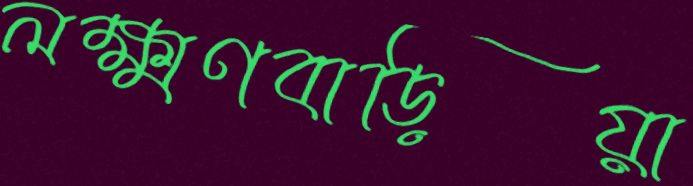
লক্ষ্মণবাড়িয়া